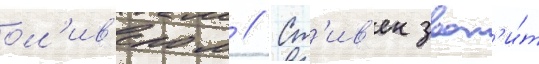
ол'ив'ером // Ст'ив'ен звон'и́т